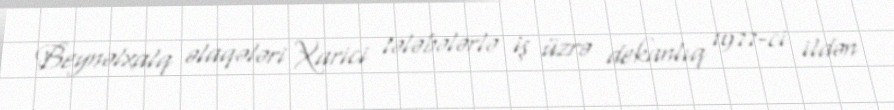
Beynəlxalq əlaqələri Xarici tələbələrlə iş üzrə dekanlıq 1977-ci ildən